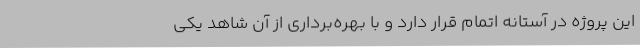
این پروژه در آستانه اتمام قرار دارد و با بهره‌برداری از آن شاهد یکی